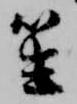
笙